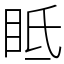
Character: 眡